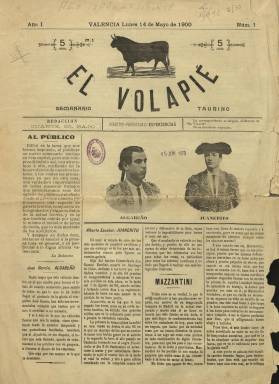
Título: El Volapié (Valencia)
Colección: Toros
Ámbito geográfico: Valencia
Lugar de publicación: Valencia
Fechas: 14/05/1900-01/07/1900

Semanario taurino, indica el subtítulo de esta publicación que comenzó a publicarse, cada lunes, desde el 14 de mayo de 1900, en entregas de cuatro páginas, compuestas a cuatro columnas. Su título se refiere a una suerte en la estocada que comenzó a practicarse en la tauromaquia a finales del siglo XIX y que adoptaron otras publicaciones del mismo carácter en Alicante, Sevilla o Madrid. En su cabecera va estampado un toro de lidia e inserta otras ilustraciones, como son fotograbados con retratos de toreros y novilleros, sobre los que también se escribe, como eran José García (Algabeño), Alberto Escobar (Juanerito) o el vasco Luis Mazzantini. En la misma también aparece indicado que su director y propietario es Esperiencias, seudónimo, sin lugar a dudas, algo que es muy socorrido en los revisteros taurinos, y que en el caso de este valenciano debía ser ya conocido, pues, según se señala en su artículo de presentación, ya había editado en Valencia alguna otra publicación dedicada a la tauromaquia.

En sus páginas, además de ofrecer algunas semblanzas de matadores y novilleros, publica crónicas o revistas de las corridas y festejos taurinos desarrollados no sólo en Valencia, sino en otras ciudades españoles, como Madrid o Barcelona, e, incluso, en México y en Francia. Para ello contará con corresponsales. Entre las firmas de sus textos aparecen los nombres de Felipe Nerua, Gustavo Pérez, López Silva el Chico, Rafael Ríos (desde Palma de Mallorca), Paquillo (desde Carabanchel), Capotazos (desde Barcelona), Zenón o Limaduras.

También publica otras noticias y telegramas, todas ellas sobre el mundo de los toros y la lidia, y la cuarta plana la dedica para insertar una lista de los principales toreros y novilleros, con indicación de sus domicilios, así como de algunos anuncios publicitarios.

La colección de la Biblioteca Nacional de España sólo contiene los números 1, 4,5 y 8 de este título, correspondiendo el último al uno de julio de 1900. Por una noticia del Almanaque de Las Provincias, de Valencia, se sabe que cesó en su segundo año de edición. Fue estampado en la Imprenta de José Canales.